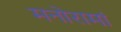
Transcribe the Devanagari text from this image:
मनोरामां